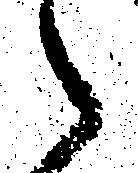
々